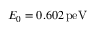
E _ { 0 } = 0 . 6 0 2 \, \mathrm { p e V }